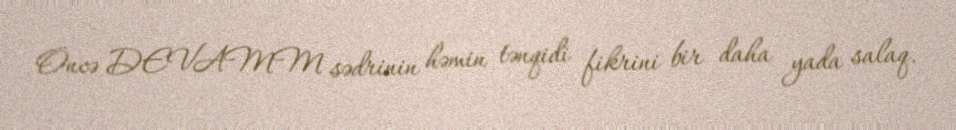
Öncə DEVAMM sədrinin həmin tənqidi fikrini bir daha yada salaq.